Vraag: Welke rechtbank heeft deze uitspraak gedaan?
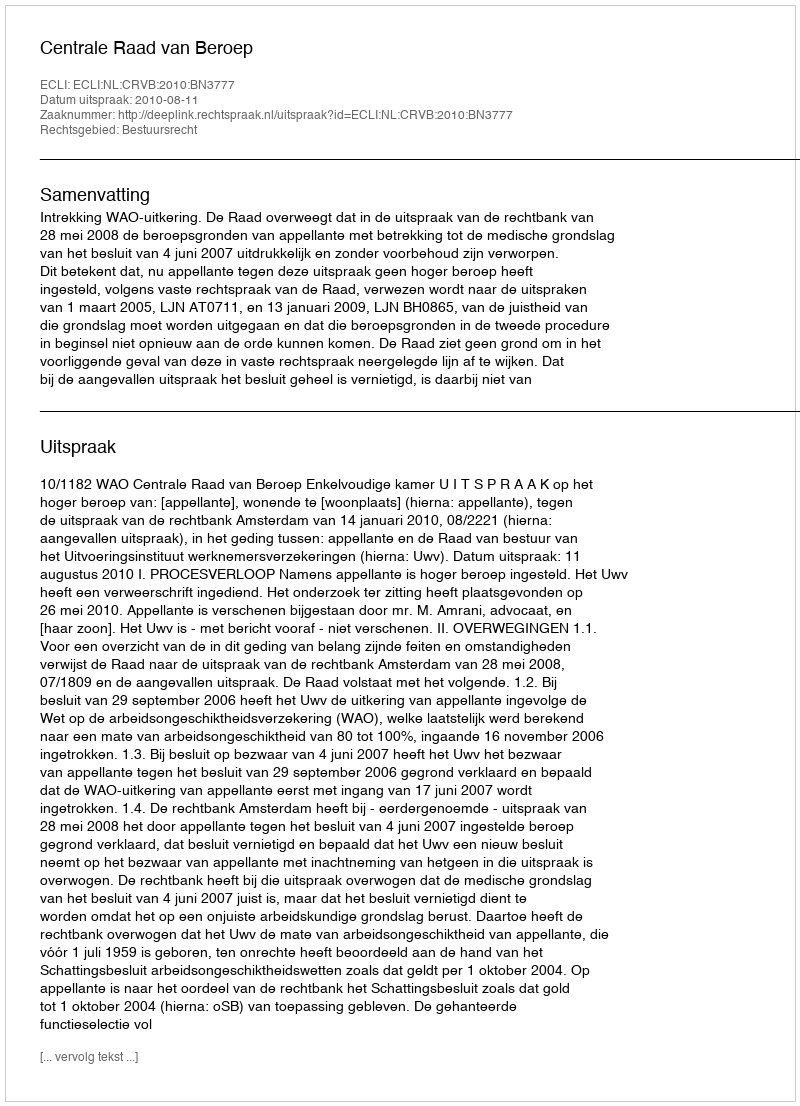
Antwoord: Centrale Raad van Beroep